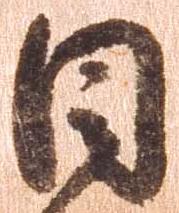
目